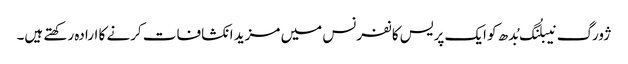
ژورگ نیبلُنگ بُدھ کو ایک پریس کانفرنس میں مزید انکشافات کرنے کا ارادہ رکھتے ہیں۔